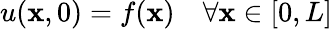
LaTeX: u(\mathbf{x},0)=f(\mathbf{x})\quad\forall\mathbf{x}\in[0,L]